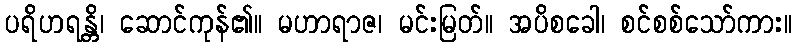
ပရိဟရန္တိ၊ ဆောင်ကုန်၏။ မဟာရာဇ၊ မင်းမြတ်။ အပိစခေါ၊ စင်စစ်သော်ကား။